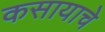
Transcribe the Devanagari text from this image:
कसायाचे